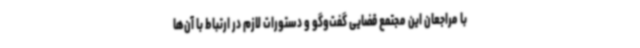
با مراجعان این مجتمع قضایی گفت‌وگو و دستورات لازم در ارتباط با آن‌ها